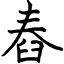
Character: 舂